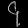
Digit: ၄